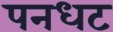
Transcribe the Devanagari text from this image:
पनधट